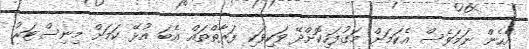
އެހެން ނަމަވެސް އެކަމަށް މަގުފަހިކޮށްދޭ ވަކިވަކި ފަރާތްތައް އެބަ އުޅޭ ކަމަށް މިނިސްޓަރު